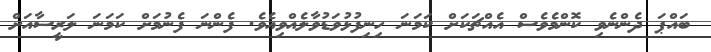
ބައްޕަ ދެންނެވި ކޮންމެވެސް އެއްޗަކަށް ކަމަނަ ހިނިފުޅުވަޑުވާލެއްވިއެވެ. ފެންނަ ފެނުމަށް ކަމަނަ ލަރީސާއަށް